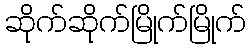
ဆိုက်ဆိုက်မြိုက်မြိုက်